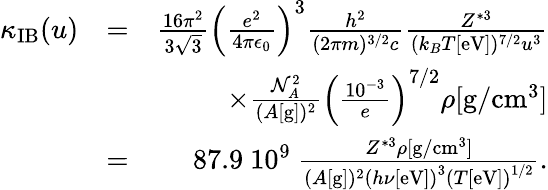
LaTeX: \begin{array}{rlr}{\kappa_{\mathrm{IB}}(u)}&{=}&{\frac{16\pi^{2}}{3\sqrt{3}}\left(\frac{e^{2}}{4\pi\epsilon_{0}}\right)^{3}\frac{h^{2}}{(2\pi m)^{3/2}c}\frac{Z^{*3}}{(k_{B}T[\mathrm{eV}])^{7/2}u^{3}}}\\ &{}&{\times\frac{\mathcal{N}_{A}^{2}}{(A[\mathrm{g}])^{2}}\left(\frac{10^{-3}}{e}\right)^{7/2}\rho[\mathrm{g}/\mathrm{cm}^{3}]}\\ &{=}&{87.9~10^{9}~\frac{Z^{*3}\rho[\mathrm{g}/\mathrm{cm}^{3}]}{(A[\mathrm{g}])^{2}\left(h\nu[\mathrm{eV}]\right)^{3}\left(T[\mathrm{eV}]\right)^{1/2}}.}\end{array}